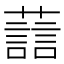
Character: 𫊂